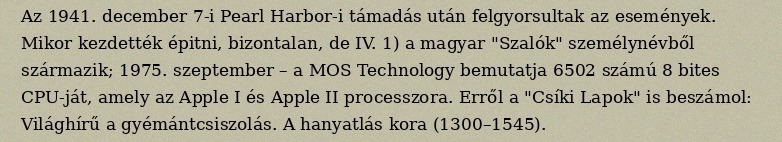
Az 1941. december 7-i Pearl Harbor-i támadás után felgyorsultak az események. Mikor kezdették épitni, bizontalan, de IV. 1) a magyar "Szalók" személynévből származik; 1975. szeptember – a MOS Technology bemutatja 6502 számú 8 bites CPU-ját, amely az Apple I és Apple II processzora. Erről a "Csíki Lapok" is beszámol: Világhírű a gyémántcsiszolás. A hanyatlás kora (1300–1545).